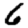
Digit: 6